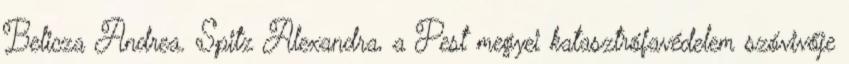
Belicza Andrea. Spitz Alexandra, a Pest megyei katasztrófavédelem szóvivője